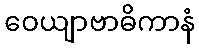
ဝေယျာဗာဓိကာနံ